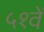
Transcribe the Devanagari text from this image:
५१वें